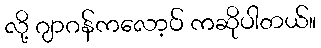
လို့ ဂျာဂန်ကလော့ပ် ကဆိုပါတယ်။